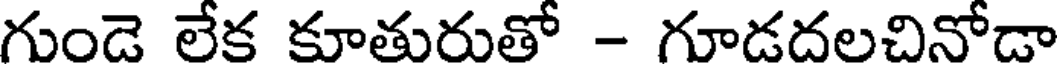
గుండె లేక కూతురుతో - గూడదలచినోడా